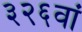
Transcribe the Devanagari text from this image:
३२६वां